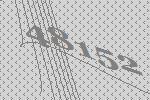
48152